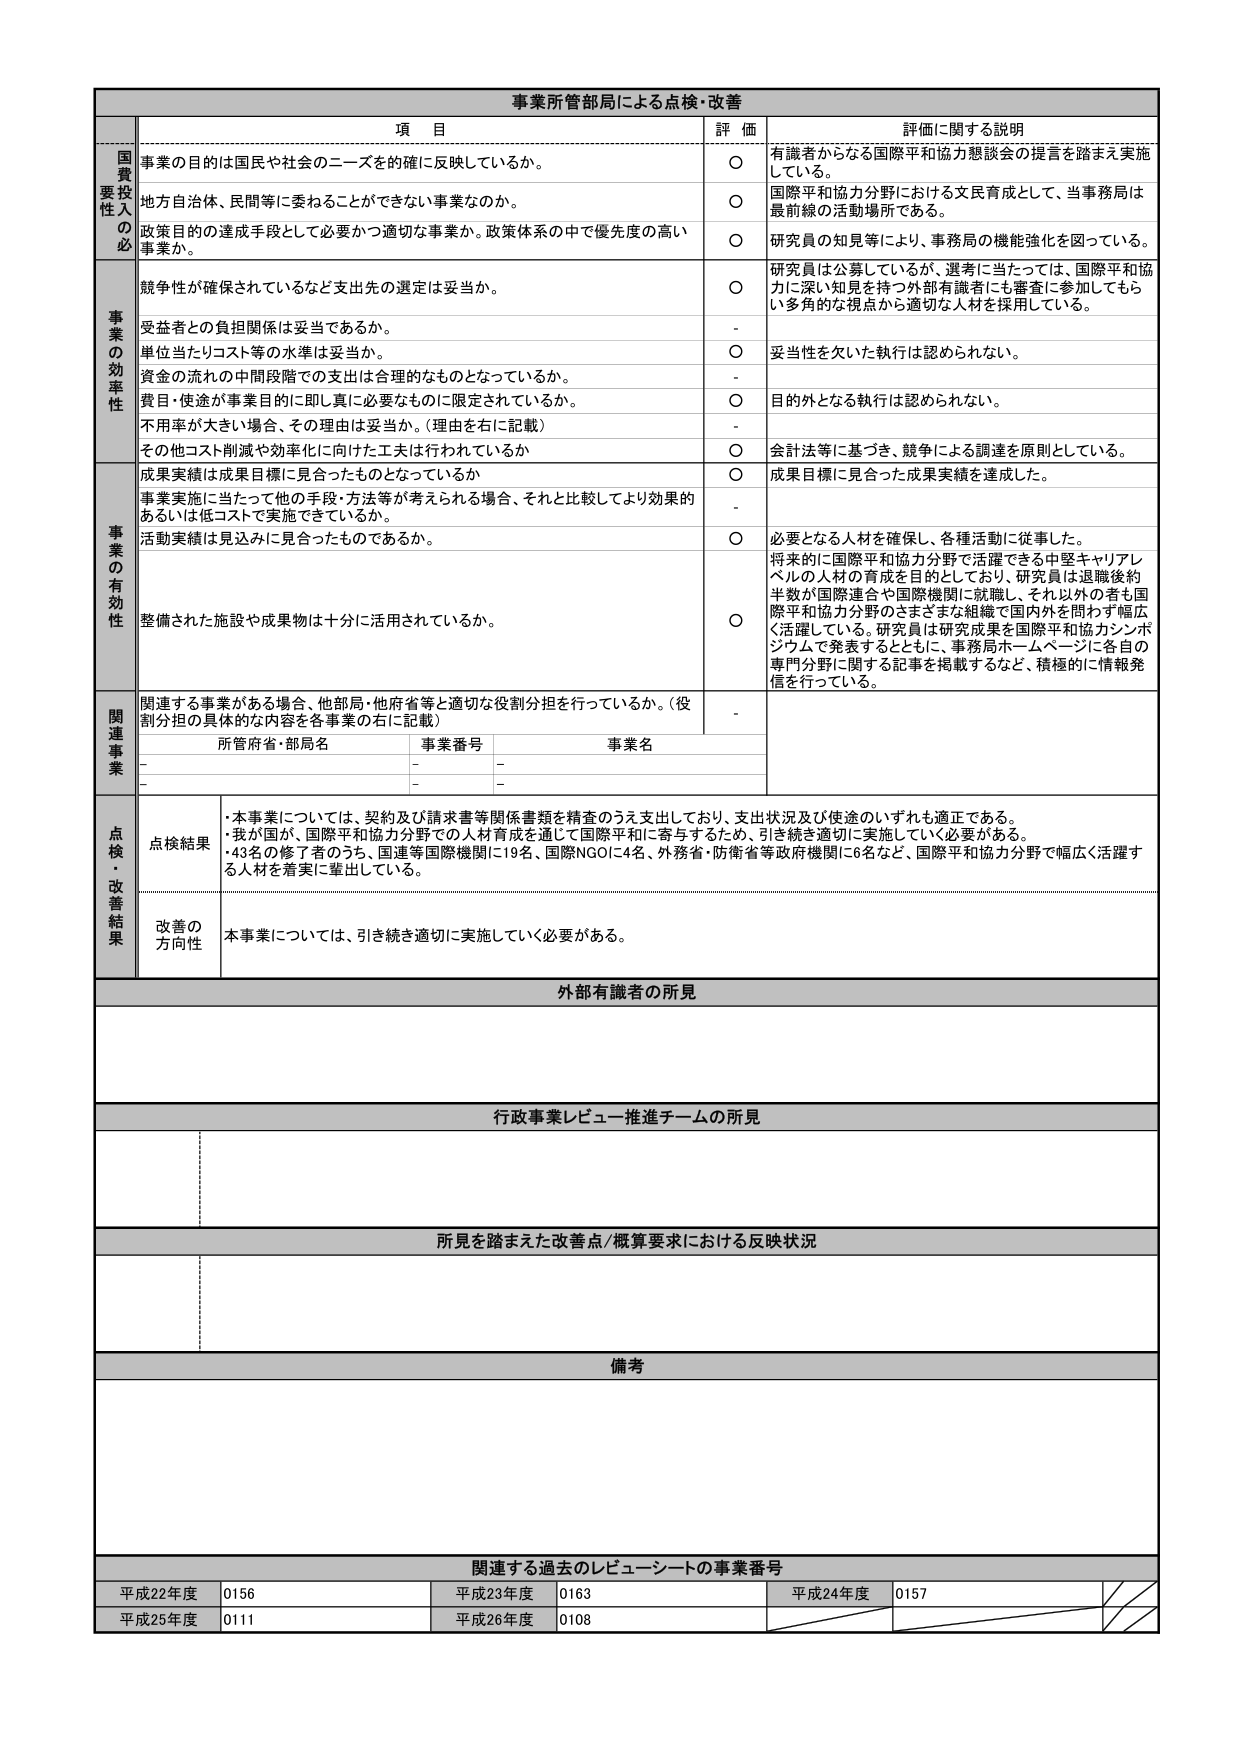
事業所管部局による点検・改善

項 目 評 価 評価に関する説明

国費投入の必要性
事業の目的は国民や社会のニーズを確に反映しているか。
○ 有識者からなる国際平和協力懇談会の提言を踏まえ実施している。
地方自治体、民間等に委ねることができない事業なのか。
○ 国際平和協力分野における文民育成として、当事務局は最前線の活動場所である。
政策目的の達成手段として必要かつ適切な事業か。政策体系の中で優先度の高い事業か。
○ 研究員の知見等により、事務局の機能強化を図っている。

事業の効率性
競争性が確保されているなど支出先の選定は妥当か。
○ 研究員は公募しているが、選考に当たっては、国際平和協力に深い知見を持つ外部有識者にも審査に参加してもらい多角的な視点から適切な人材を採用している。
受益者との負担関係は妥当であるか。
-
単位当たりコスト等の水準は妥当か。
○ 妥当性を欠いた執行は認められない。
資金の流れの中間段階での支出は合理的なものとなっているか。
-
費用・使途が事業目的に即し真に必要なものに限定されているか。
○ 目的外となる執行は認められない。
不用率が大きい場合、その理由は妥当か。（理由を右に記載）
-
その他コスト削減や効率化に向けた工夫は行われているか
○ 会計法等に基づき、競争による調達を原則としている。

事業の有効性
成果実績は成果目標に見合ったものとなっているか
○ 成果目標に見合った成果実績を達成した。
事業実施に当たって他の手段・方法等が考えられる場合、それと比較してより効果的あるいは低コストで実施できているか。
-
活動実績は見込みに見合ったものであるか。
○ 必要となる人材を確保し、各種活動に従事した。
整備された施設や成果物は十分に活用されているか。
○ 将来的に国際平和協力分野で活躍できる中堅キャリアレベルの人材の育成を目的としており、研究員は退職後約半数が国際連合や国際機関に就職し、それ以外の者も国際平和協力分野のさまざまな組織で国内外を問わず幅広く活躍している。研究員は研究成果を国際平和協力シンポジウムで発表するとともに、事務局ホームページに各自の専門分野に関する記事を掲載するなど、積極的に情報発信を行っている。

関連事業
関連する事業がある場合、他部局・他府省等と適切な役割分担を行っているか。（役割分担の具体的な内容を各事業の右に記載）
-
所管府省・部局名 事業番号 事業名
- - -
- - -

点検・改善結果
点検結果
・本事業については、契約及び請求書等関係書類を精査のうえ支出しており、支出状況及び使途のいずれも適正である。
・我が国が、国際平和協力分野での人材育成を通じて国際平和に寄与するため、引き続き適切に実施していく必要がある。
・43名の修了者のうち、国連等国際機関に19名、国際NGOに4名、外務省・防衛省等政府機関に6名など、国際平和協力分野で幅広く活躍する人材を着実に輩出している。

改善の方向性
本事業については、引き続き適切に実施していく必要がある。

外部有識者の所見

行政事業レビュー推進チームの所見

所見を踏まえた改善点／概算要求における反映状況

備考

関連する過去のレビューシートの事業番号
平成22年度 0156 平成23年度 0163 平成24年度 0157
平成25年度 0111 平成26年度 0108